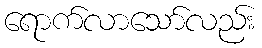
ရောက်လာသော်လည်း